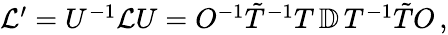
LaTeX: \begin{array}{r}{\mathcal{L}^{\prime}={U}^{-1}\mathcal{L}{U}=O^{-1}\tilde{T}^{-1}T\, \mathbb{D}\, T^{-1}\tilde{T}O\, ,}\end{array}